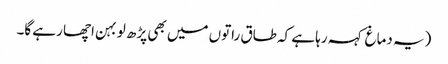
(یہ دماغ کہہ رہا ہے کہ طاق راتوں میں بھی پڑھ لو بہن اچھا رہے گا۔